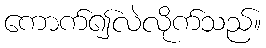
ကောက်၍လဲလိုက်သည်။